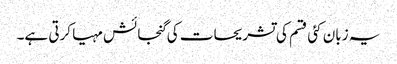
یہ زبان کئی قسم کی تشریحات کی گنجائش مہیا کرتی ہے۔